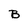
Character: B